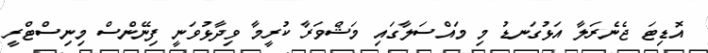
އޮޑިޓަ ޖެނެރަލާ އަޅުގަނޑު މި މައްސަލާގައި މަޝްވަރާ ކުރީމާ ވިދާޅުވަނީ ފިނޭންސް މިނިސްޓްރީ